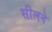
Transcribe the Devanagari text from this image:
सीलने